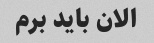
الان باید برم